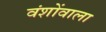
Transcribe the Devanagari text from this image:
वंशोंवाला